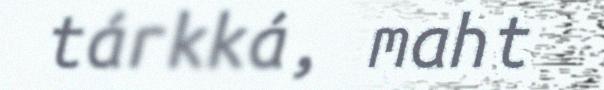
tárkká, maht